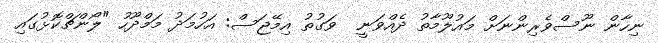
ނިހާން ނޫސްވެރިންނަށް މައުލޫމާތު ދެއްވަނީ  ވަގުތު އިމޭޖަސް: އަހުމަދު މަމްދޫހު "ލޯންޗްކޮޅުގައި